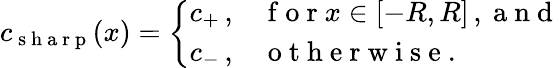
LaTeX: c_{\mathrm{~s~h~a~r~p~}}(x)=\left\{ \begin{array}{ll}{c_{+}\, ,}&{\mathrm{~f~o~r~}x\in[-R,R]\, ,\mathrm{~a~n~d~}}\\ {c_{-}\, ,}&{\mathrm{~o~t~h~e~r~w~i~s~e~}.}\end{array}\right.